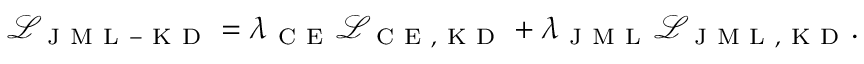
\mathcal { L } _ { \mathrm { ~ J ~ M ~ L ~ - ~ K ~ D ~ } } = \lambda _ { \mathrm { ~ C ~ E ~ } } \mathcal { L } _ { \mathrm { ~ C ~ E ~ , ~ K ~ D ~ } } + \lambda _ { \mathrm { ~ J ~ M ~ L ~ } } \mathcal { L } _ { \mathrm { ~ J ~ M ~ L ~ , ~ K ~ D ~ } } .